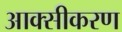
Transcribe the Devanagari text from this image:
आक्‍सीकरण